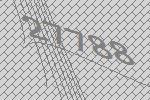
27788